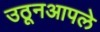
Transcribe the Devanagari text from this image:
उठूनआपले